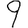
Digit: 9